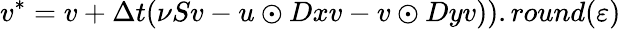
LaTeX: v^{*}=v+\Delta t(\nu Sv-u\odot Dxv-v\odot Dyv)).round(\varepsilon)